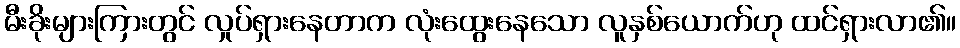
မီးခိုးများကြားတွင် လှုပ်ရှားနေတာက လုံးထွေးနေသော လူနှစ်ယောက်ဟု ထင်ရှားလာ၏။